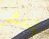
إنتشر